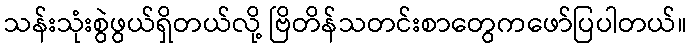
သန်းသုံးစွဲဖွယ်ရှိတယ်လို့ ဗြိတိန်သတင်းစာတွေကဖော်ပြပါတယ်။